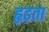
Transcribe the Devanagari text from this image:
हृढ़ता